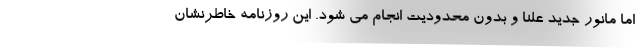
اما مانور جدید علناً و بدون محدودیت انجام می شود. این روزنامه خاطرنشان